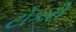
ટોકરી